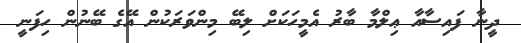
ދީނާ ފައިސާއާ ޢިލްމާ ބާރު އެމީހަކަށް ލިބޭ މިންވަރަކުން އޭގެ ބޭނުން ހިފަނީ